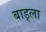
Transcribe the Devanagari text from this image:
बाड्ला